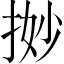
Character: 𢭼